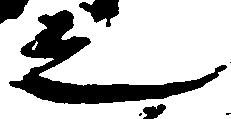
之